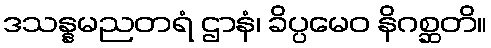
ဒသန္နမညတရံ ဌာနံ၊ ခိပ္ပမေဝ နိဂစ္ဆတိ။